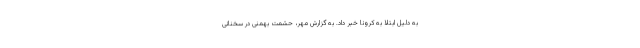
به دلیل ابتلا به کرونا خبر داد. به گزارش مهر، حشمت بهمنی در سخنانی